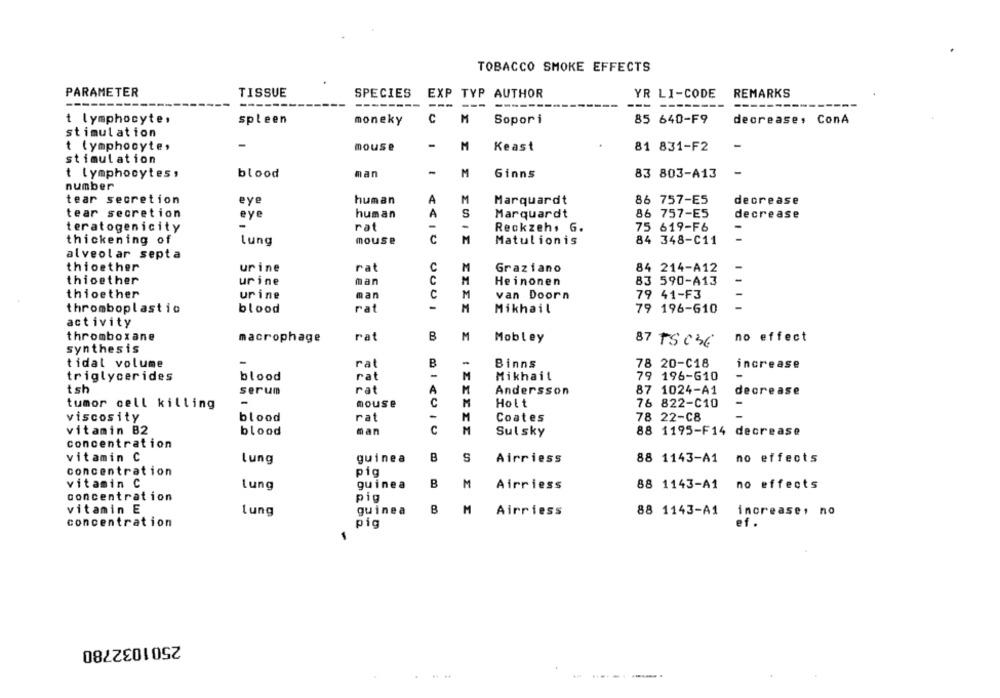
TOBACCO SMOKE EFFECTS
PARAMETER
TISSUE
SPECIES
EXP TYP AUTHOR
YR LI-CODE
REMARKS
------
-------
--- ------
----------
---
C
M
85 640-F9
t lymphocyte .
spleen
moneky
Sopori
decrease, ConA
stimulation
t lymphocyte,
mouse
-
M
Keast
81 831-F2
-
stimulation
t lymphocytes ,
blood
man
-
M
Ginns
83 803-A13
number
tear secretion
eye
human
A
M
Marquardt
86 757-E5
decrease
tear secretion
eye
human
A
S
Marquardt
86 757-ES
decrease
teratogenicity
-
rat
Reckzeh, G.
75 619-F6
-
thickening of
lung
mouse
c
M
Matulionis
84 348-C11
alveolar septa
thioether
urine
rat
C
M
Graziano
84 214-A12
thioether
urine
man
C
M
Heinonen
83 590-A13
-
thioether
urine
man
C
M
van Doorn
79 41-F3
-
M
thromboplastic
blood
rat
Mikhail
79 196-610
activity
thromboxane
macrophage
rat
B
M
Mobley
87 TS C36
no effect
synthesis
-
rat
B
78 20-C18
tidal volume
Binns
increase
triglycerides
blood
rat
-
M
Mikhail
79 196-610
-
tsh
serum
rat
A
M
Andersson
87 1024-A1
decrease
tumor cell killing
-
mouse
C
Holt
76 822-C10
-
viscosity
blood
rat
M
Coates
78 22-CB
vitamin B2
blood
man
C
M
Sulsky
88 1195-F14 decrease
concentration
vitamin C
Lung
guinea
B
S
Airriess
88 1143-A1 no effects
concentration
pig
vitamin C
Lung
guinea
B
M
Airriess
88 1143-A1
no effects
concentration
pig
guinea
B
M
vitamin E
Lung
Airriess
88 1143-A1
increase, no
concentration
pig
ef.
2501032780